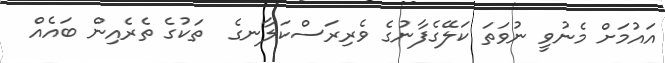
އައުމަށް މެނުވީ ނުވަތަ ކަލޭގެފާނުގެ ވެރިރަސްކަލާނގެ  ތަކުގެ ތެރެއިން ބައެއް